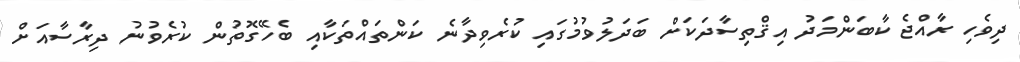
ދިވެހި ރާއްޖެ ކާބަންމަދު އިޤްތިސާދަކަށް ބަދަލުވުމުގައި ކުރެވިދާނެ ކަންތައްތަކާއި ބެހޭގޮތުން ކުރެވުނު ދިރާސާއަށް